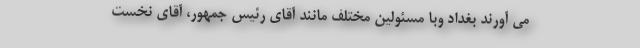
می آورند بغداد وبا مسئولین مختلف مانند آقای رئیس جمهور، آقای نخست